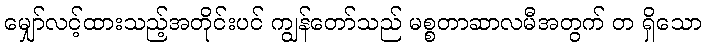
မျှော်လင့်ထားသည့်အတိုင်းပင် ကျွန်တော်သည် မစ္စတာဆာလမီအတွက် တ ရှိသော